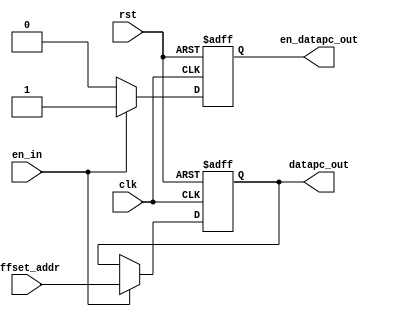
`timescale 1ns / 1ps

module datapc(
         clk,
         rst,       
         en_in,
         offset_addr,
         datapc_out,
         en_datapc_out
		 
		  		 			 
		);
input wire clk,rst,en_in;  
input wire[6:0] offset_addr; 
output reg[6:0] datapc_out; 
output reg en_datapc_out;    
always@(posedge clk or posedge rst)
        if(rst==1'b1)
            begin
                en_datapc_out<=1'b0;
                datapc_out<=7'b0000000;
            end
         else
            begin
                 if(en_in==1) begin
                    en_datapc_out<=1'b1;
                    datapc_out<=offset_addr[6:0];
                 end
                 else begin
                    en_datapc_out<=1'b0;
                    datapc_out<=datapc_out;
                 end

            end     





endmodule